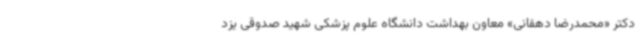
دکتر «محمدرضا دهقانی» معاون بهداشت دانشگاه علوم پزشکی شهید صدوقی یزد